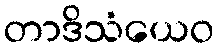
တာဒိသံယေဝ